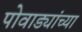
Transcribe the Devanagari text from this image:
पोवाड्यांच्या